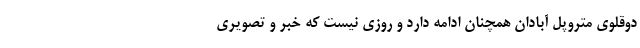
دوقلوی متروپل آبادان همچنان ادامه دارد و روزی نیست که خبر و تصویری